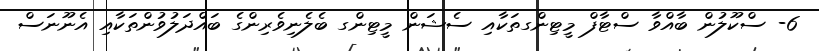
6- ސްކޫލުން ބާއްވާ ސްޓާފް މީޓިންގތަކާއި ސެޝަން މީޓިންގ ބެލެނިވެރިންގެ ބައްދަލުވުންތަކާއި އެނޫނަސް